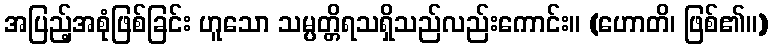
အပြည့်အစုံဖြစ်ခြင်း ဟူသော သမ္ပတ္တိရသရှိသည်လည်းကောင်း။ (ဟောတိ၊ ဖြစ်၏။)